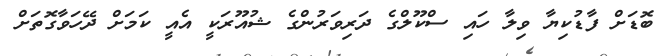
ބޮޑަށް ފާޑުކިޔާ ވިލާ ހައި ސްކޫލްގެ ދަރިވަރުންގެ ޝުއޫރަކީ އެއީ ކަމަށް ދޭހަވާގޮތަށް